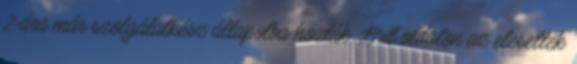
2-ára már szolgálatkész állapotba hozták. Brit oldalon az elesettek